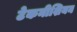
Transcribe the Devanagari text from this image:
टेकनीशियन